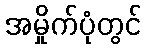
အမှိုက်ပုံတွင်